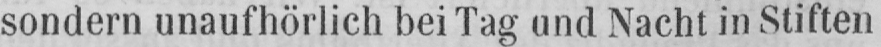
sondern unaufhörlich bei Tag und Nacht in Stiften